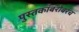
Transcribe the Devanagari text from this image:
पुस्तकांबरोबरच